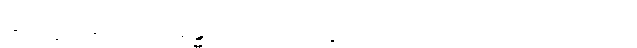
ခါးတဲ့ဆေးဟာ ခန္ဓာကိုယ်အတွက် ကောင်းတာ သဘာဝပဲ။